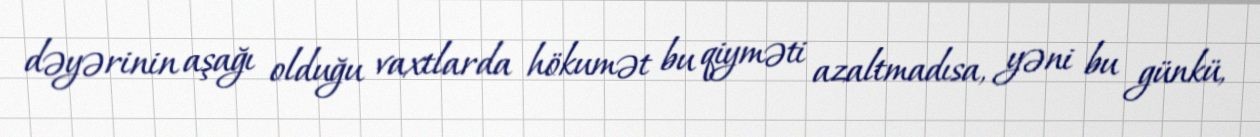
dəyərinin aşağı olduğu vaxtlarda hökumət bu qiyməti azaltmadısa, yəni bu günkü,